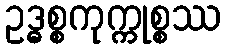
ဥဒ္ဓစ္စကုက္ကုစ္စဿ